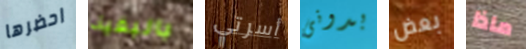
احضرها بالبقية أسرتي بدونى بعض ماذا